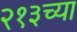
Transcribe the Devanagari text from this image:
२१३च्या